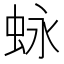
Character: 𮶽